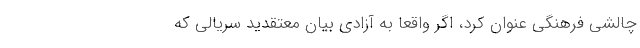
چالشی فرهنگی عنوان کرد، اگر واقعا به آزادی بیان معتقدید سریالی که